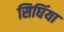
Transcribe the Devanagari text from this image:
सिघिंया